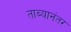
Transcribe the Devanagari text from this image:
ताब्यानंतर